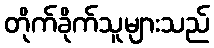
တိုက်ခိုက်သူများသည်